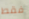
فقط